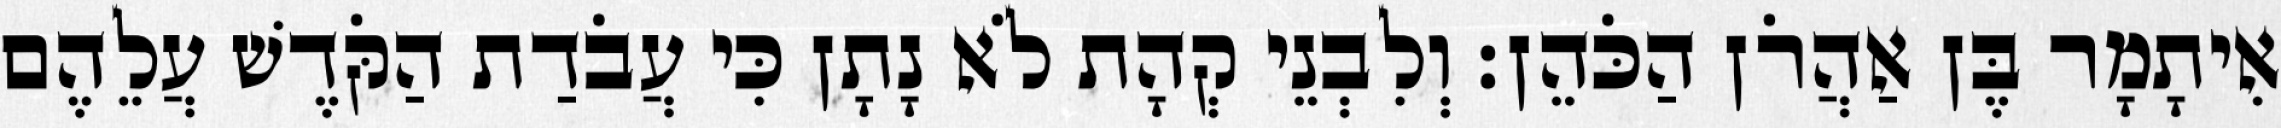
אִיתָמָר בֶּן אַהֲרֹן הַכֹּהֵן׃ וְלִבְנֵי קְהָת לֹא נָתָן כִּי עֲבֹדַת הַקֹּדֶשׁ עֲלֵהֶם